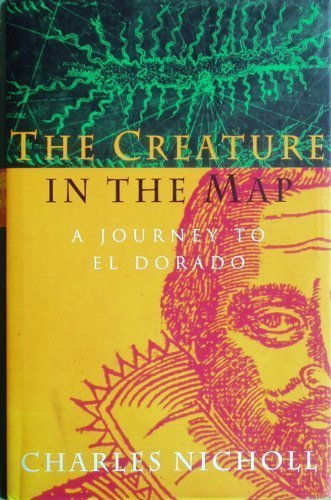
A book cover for The Creature in the Map; CHARLES NICHOLL; Travel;